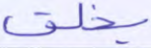
يخلق